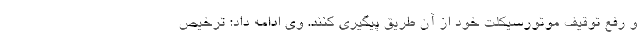
و رفع توقیف موتورسیکلت خود از آن طریق پیگیری کنند. وی ادامه داد: ترخیص